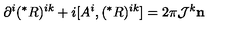
\partial ^ { i } ( ^ { * } R ) ^ { i k } + i [ A ^ { i } , ( ^ { * } R ) ^ { i k } ] = 2 \pi { \cal J } ^ { k } { \bf n }